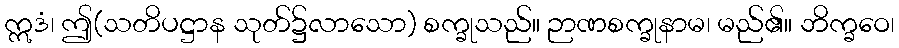
ဣဒံ၊ ဤ(သတိပဋ္ဌာန သုတ်၌လာသော) စက္ခုသည်။ ဉာဏစက္ခုနာမ၊ မည်၏။ ဘိက္ခဝေ၊